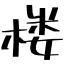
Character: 楼